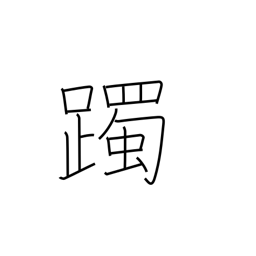
Meaning: tap with the feet